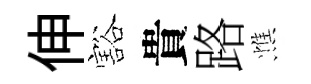
伸豁貴路憔